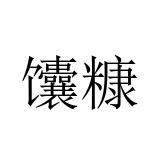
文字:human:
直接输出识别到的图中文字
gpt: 馕糠